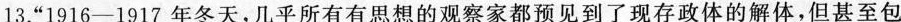
13.”1916-1917年冬天，几乎所有有思想的观察家都预见到了现存政体的解体，但甚至包